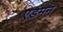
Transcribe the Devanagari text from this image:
एडमन